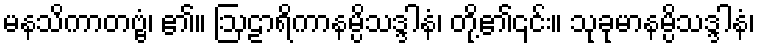
မနသိကာတဗ္ဗံ၊ ၏။ ဩဠာရိကာနမ္ပိသဒ္ဒါနံ၊ တို့၏၎င်း။ သုခုမာနမ္ပိသဒ္ဒါနံ၊